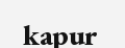
kapur